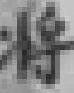
将